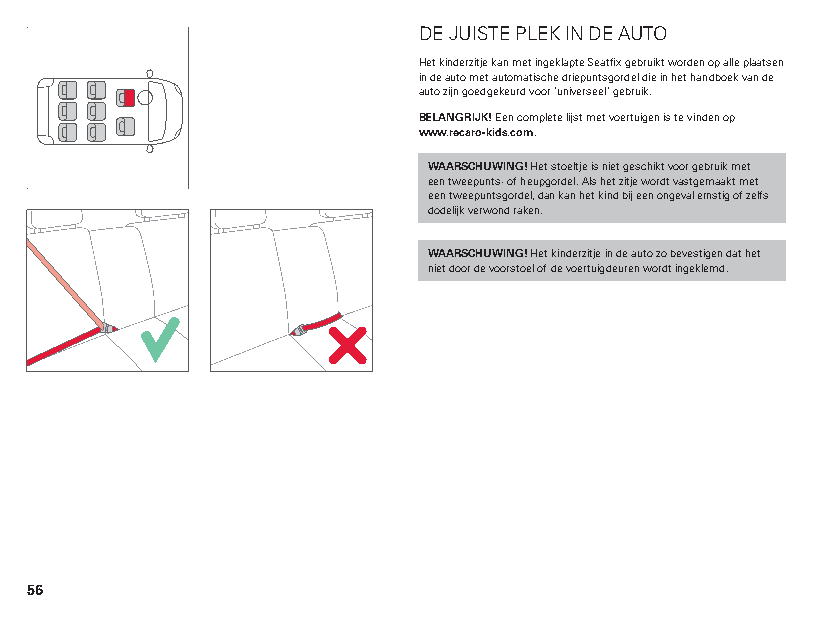
DE JUISTE PLEK IN DE AUTO
 Het kinderzitje kan met ingeklapte Seatfix gebruikt worden op alle plaatsen
 in de auto met automatische driepuntsgordel die in het handboek van de
 auto zijn goedgekeurd voor ‘universeel’ gebruik.
 BELANGRIJK! Een complete lijst met voertuigen is te vinden op
 www.recaro-kids.com.
 WAARSCHUWING! Het stoeltje is niet geschikt voor gebruik met
 een tweepunts- of heupgordel. Als het zitje wordt vastgemaakt met
 een tweepuntsgordel, dan kan het kind bij een ongeval ernstig of zelfs
 dodelijk verwond raken.
 WAARSCHUWING! Het kinderzitje in de auto zo bevestigen dat het
 niet door de voorstoel of de voertuigdeuren wordt ingeklemd.
 56